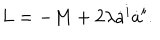
L = - M + 2 \lambda \dot { a } ^ { i } \dot { a } ^ { i } .